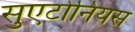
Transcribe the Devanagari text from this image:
सुएटोनियस